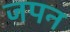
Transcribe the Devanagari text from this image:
जपन